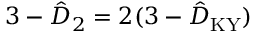
3 - \hat { D } _ { 2 } = 2 ( 3 - \hat { D } _ { \mathrm { K Y } } )